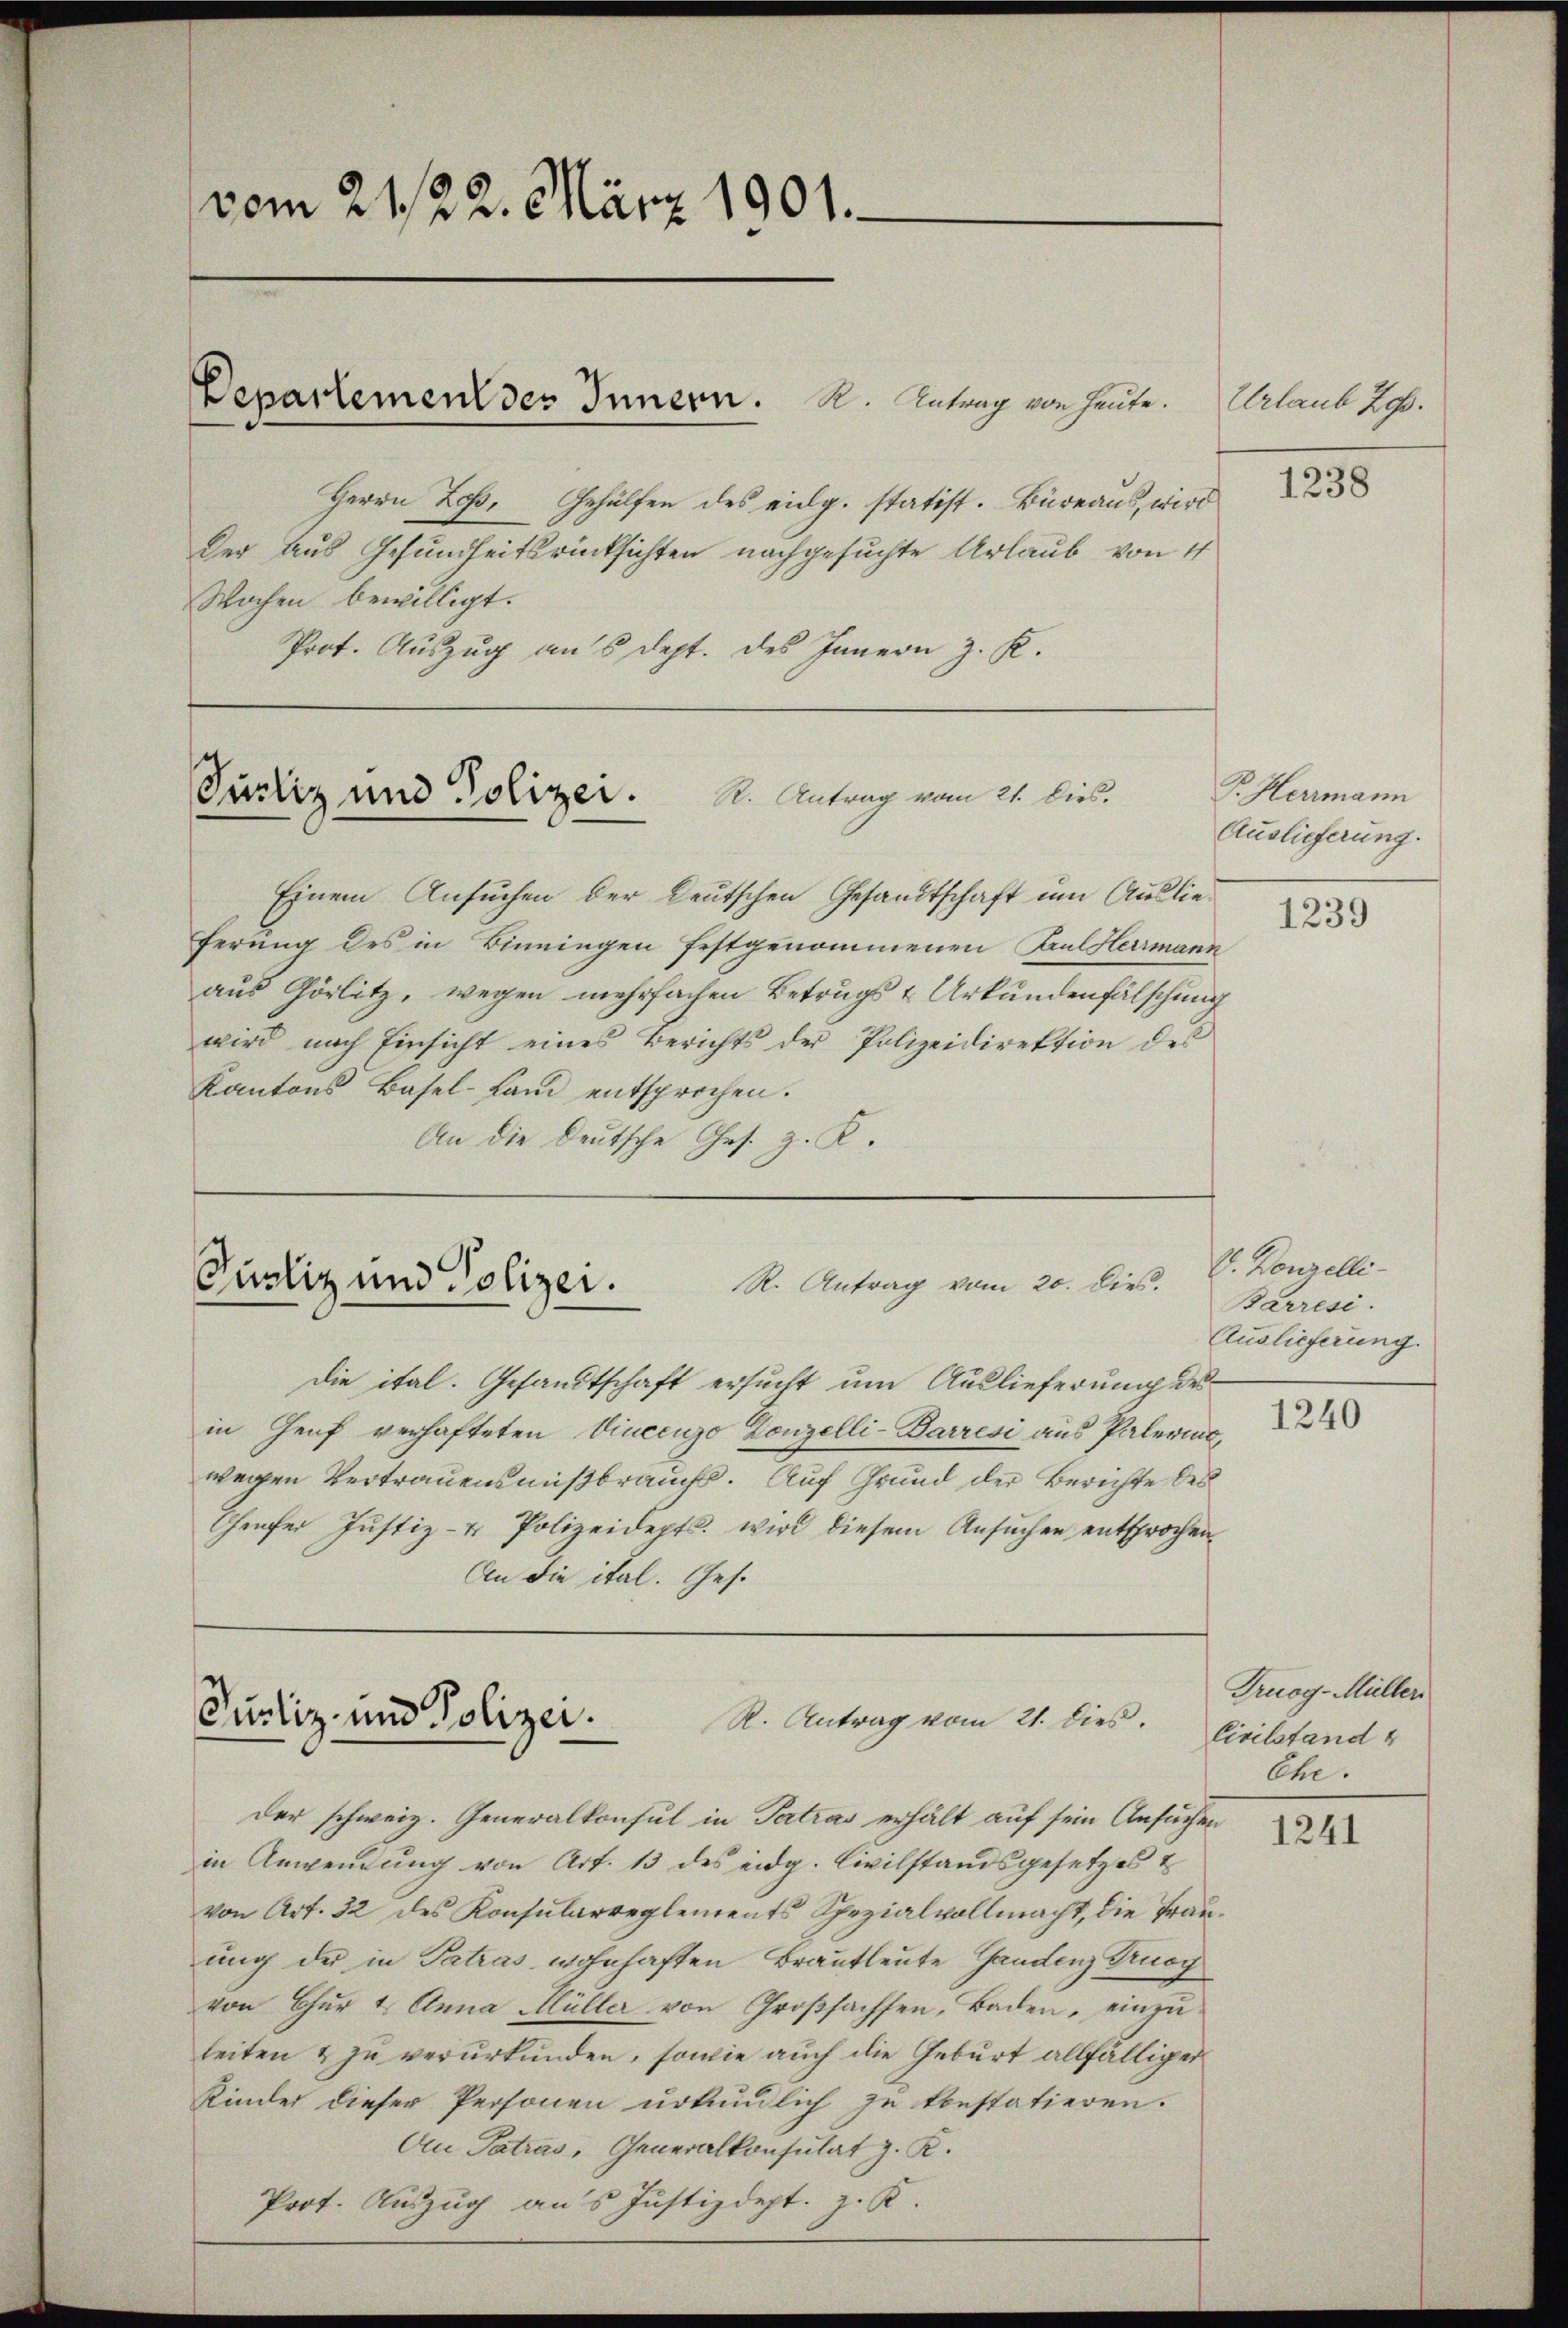
vom 21/22. März 1901.

Departement des Innern. K. Antrag von heute.
Herrn Los. Gehülfen des eidg. statist. Büreaus, wird
Der Aus Gesundheitsrücksichten nachgesuchte Urlaub von 4
Wochen bewilligt.
Prot. Auszug am 6 dept. des Innern z. K.

Justiz und Polizei. R. Antrag vom 21. Dies

R. Antrag vom 20. Dies.
Justiz und Polizei.

Zustiz und Polizei. K. Antrag vom 21. dies.

Einem Ansuchen der Leutschen Gesandtschaft um Auslieferung des in Binningen festgenommenen Pulstermann
aus Görlitz, wegen mehrfachen Betrugs & Urkundenfälschung
wird nach Einsicht eines Berichts der Polizeidirektion des
Kantons Basel-Land entsprochen.
An die Deutsche Ges. z. K.

die ital. Gesandtschaft ersucht um Auslieferung des
in Genf verhafteten Vincenzo Conzelli-Barresi aus Palerina,
wegen Vertrauensmißbrauchs. Auf Grund der Berichte des
Genfer Justiz- & Polizeidepts. wird diesem Ansuchen entsprochen¬
An die ital. Ges.

der schweiz. Generalkonsul in Patras erhält auf sein Ansuchen
in Anwendung von Art. 13 des eidg. Civilstandsgesetzes &
von Art. 32 des Konsularreglements Spezialvollmacht, die Trauung der in Tatras wohnhaften Brautleute Gandenz Pruoy
von Chur & Anna Müller von Großsachsen, Baden, einzuleiten & zu verurkunden, sowie auch die Geburt allfälliger
Kinder dieser Personen urkundlich zu konstatieren.
An Tatras, Generalkonsulat z. K.
Prot. Auszug aus Justizdept. z. K.

Urlaub Jos.
1238

P. Herrmann
Auslieferung.

1239

V. Konzelli
Barresi
Auslieferung.

1240

Truog-Müller
Civilstand
Ehe.

1241